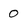
Character: 0